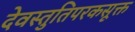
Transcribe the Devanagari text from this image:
देवस्तुतिपरकसूक्त